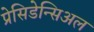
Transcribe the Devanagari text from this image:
प्रेसिडेन्सिअल